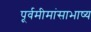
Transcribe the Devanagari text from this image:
पूर्वमीमांसाभाष्य